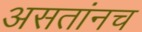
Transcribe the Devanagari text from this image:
असतांनच